Document type: Sale
Year: 1499
Scribe: Joan Martínez de Sòria
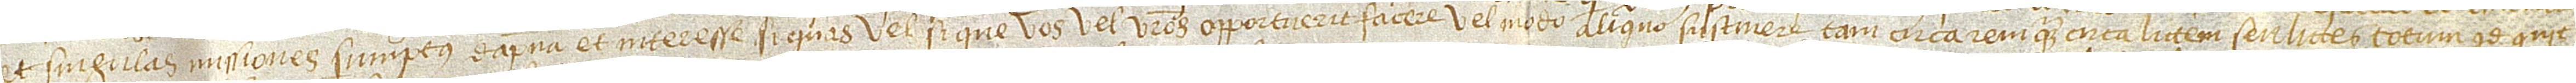
s et singulas missiones, sumptus, dampna et interesse si quas vel si que vos vel vestros opportuerit facere vel modo aliquo sustinere, tam circa rem quam circa littem seu littes, totum id quic-